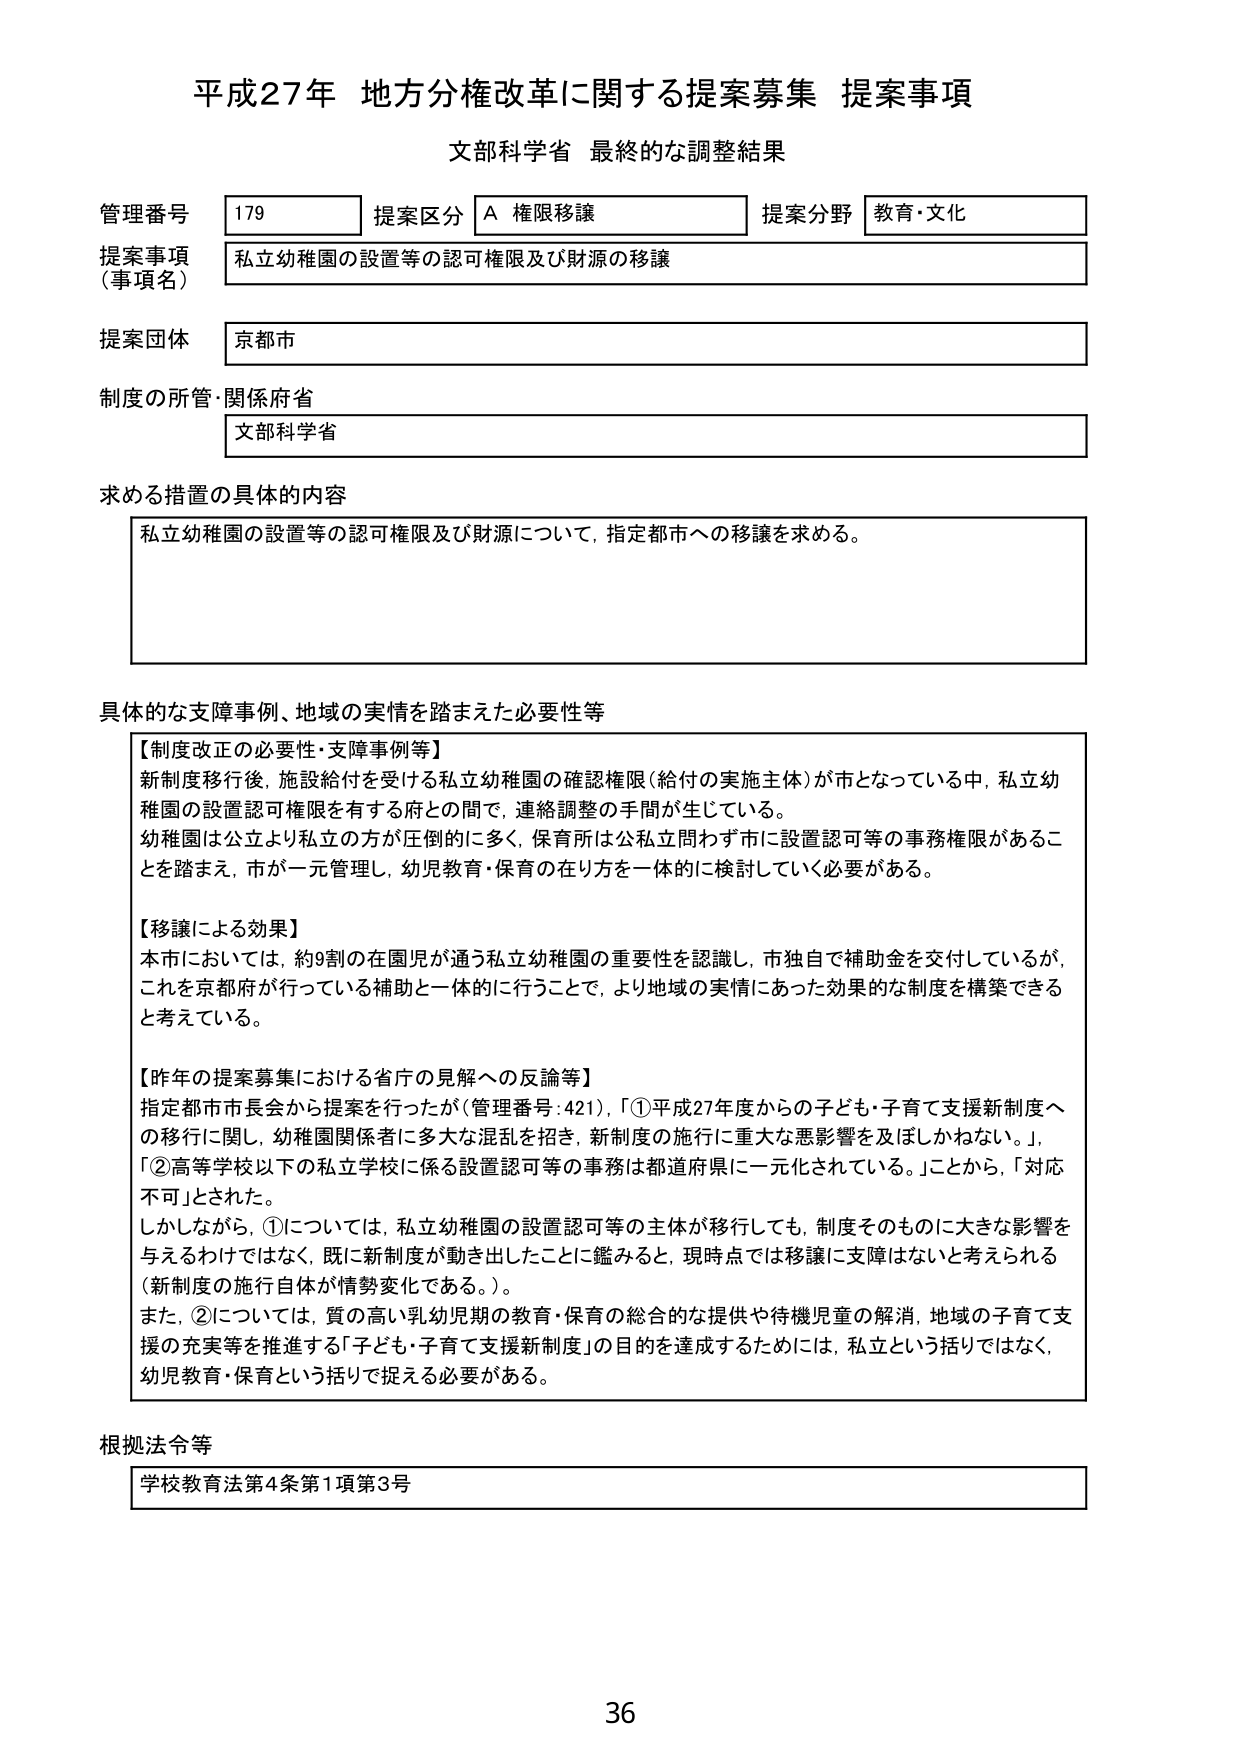
平成27年 地方分権改革に関する提案募集 提案事項
文部科学省 最終的な調整結果

管理番号 179 提案区分 A 権限移譲 提案分野 教育・文化
提案事項（事項名） 私立幼稚園の設置等の認可権限及び財源の移譲
提案団体 京都市
制度の所管・関係府省 文部科学省

求める措置の具体的内容
私立幼稚園の設置等の認可権限及び財源について，指定都市への移譲を求める。

具体的な支障事例、地域の実情を踏まえた必要性等
【制度改正の必要性・支障事例等】
新制度移行後，施設給付を受ける私立幼稚園の確認権限（給付の実施主体）が市となっている中，私立幼稚園の設置認可権限を有する府との間で，連絡調整の手間が生じている。
幼稚園は公立より私立の方が圧倒的に多く，保育所は公私立問わず市に設置認可等の事務権限があることを踏まえ，市が一元管理し，幼児教育・保育の在り方を一体的に検討していく必要がある。

【移譲による効果】
本市においては，約9割の在園児が通う私立幼稚園の重要性を認識し，市独自で補助金を交付しているが，これを京都府が行っている補助と一体的に行うことで，より地域の実情にあった効果的な制度を構築できると考えている。

【昨年の提案募集における省庁の見解への反論等】
指定都市市長会から提案を行ったが（管理番号：421），「①平成27年度からの子ども・子育て支援新制度への移行に関し，幼稚園関係者に多大な混乱を招き，新制度の施行に重大な悪影響を及ぼしかねない。」，「②高等学校以下の私立学校に係る設置認可等の事務は都道府県に一元化されている。」ことから，「対応不可」とされた。
しかしながら，①については，私立幼稚園の設置認可等の主体が移行しても，制度そのものに大きな影響を与えるわけではなく，既に新制度が動き出したことに鑑みると，現時点では移譲に支障はないと考えられる（新制度の施行自体が情勢変化である。）。
また，②については，質の高い乳幼児期の教育・保育の総合的な提供や待機児童の解消，地域の子育て支援の充実等を推進する「子ども・子育て支援新制度」の目的を達成するためには，私立という括りではなく，幼児教育・保育という括りで捉える必要がある。

根拠法令等
学校教育法第4条第1項第3号

36